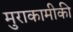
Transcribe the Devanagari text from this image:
मुराकामीकी